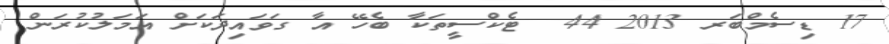
17 ޑިސެމްބަރ 2013 44  ޓެކްސީތަކާ ބެހޭ އާ ގަވައިދަކަށް އަމަލުކުރަން